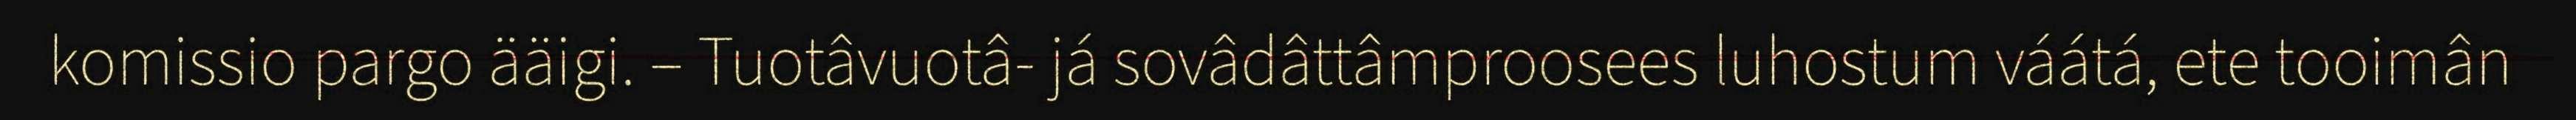
komissio pargo ääigi. – Tuotâvuotâ- já sovâdâttâmproosees luhostum váátá, ete tooimân